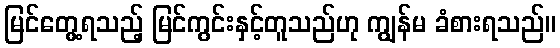
မြင်တွေ့ရသည့် မြင်ကွင်းနှင့်တူသည်ဟု ကျွန်မ ခံစားရသည်။